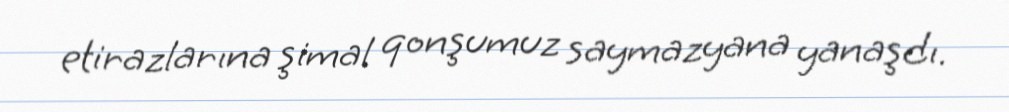
etirazlarına şimal qonşumuz saymazyana yanaşdı.